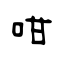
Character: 咁